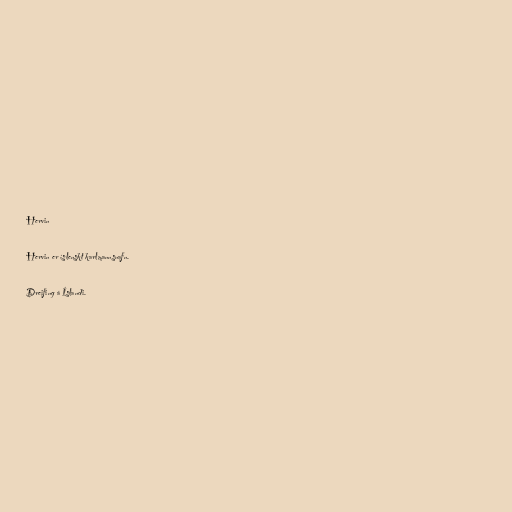
Hervin

Hervin er íslenskt karlmannsnafn.

Dreifing á Íslandi.